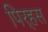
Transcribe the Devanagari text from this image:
पिर्‍हस